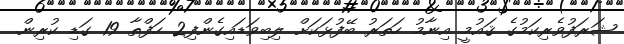
ޝަރަފުވެރިކަމުގެ ޤައުމީ އިނާމު ހަތަރު ބޭފުޅަކަށް ލިބިވަޑައިގެންފި2 ހަފްތާ 19 ގަޑި ކުރިން.